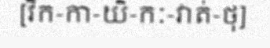
[វិក-កា-យិ-កៈ-វាត់-ថុ]